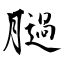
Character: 膼